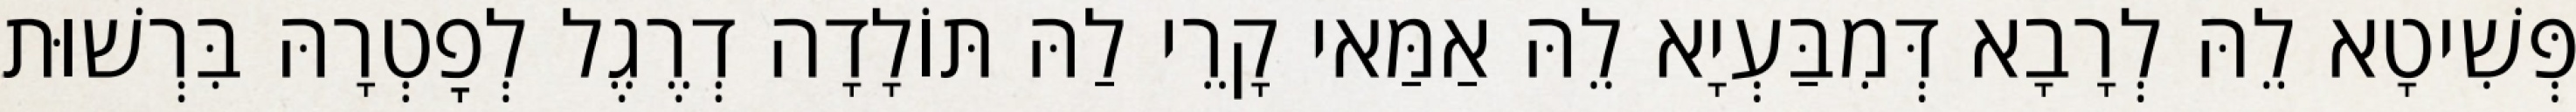
פְּשִׁיטָא לֵהּ לְרָבָא דְּמִבַּעְיָא לֵהּ אַמַּאי קָרֵי לַהּ תּוֹלָדָה דְרֶגֶל לְפׇטְרָהּ בִּרְשׁוּת